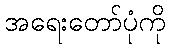
အရေးတော်ပုံကို